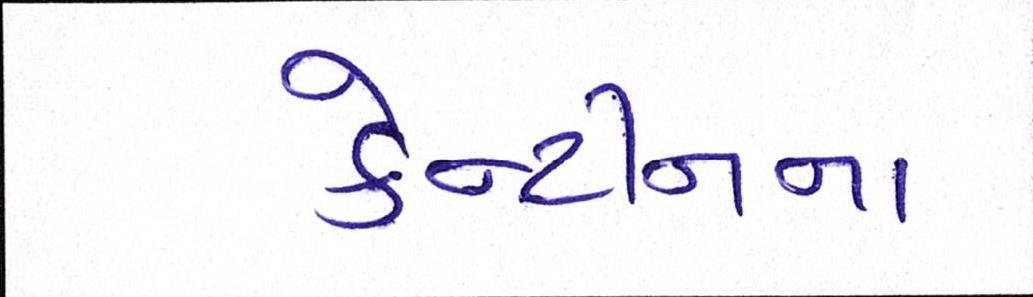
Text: કેન્ટીનના